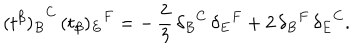
{ ( t ^ { \beta } ) _ { B } } ^ { C } \, { ( t _ { \beta } ) _ { E } } ^ { F } = - \, \frac { 2 } { 3 } \, { \delta _ { B } } ^ { C } \, { \delta _ { E } } ^ { F } + 2 \, { \delta _ { B } } ^ { F } \, { \delta _ { E } } ^ { C } .